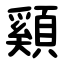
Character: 䫣